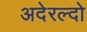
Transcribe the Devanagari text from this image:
अदेरल्दो